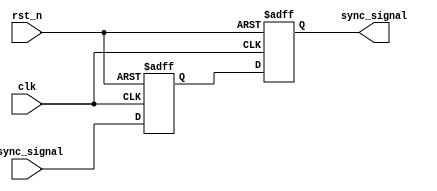
module meta_stability_filter (
    input wire async_signal,  // Asynchronous input signal
    input wire clk,           // Clock signal
    input wire rst_n,         // Asynchronous active-low reset
    output reg sync_signal     // Synchronized output signal
);

    // Internal signals for the flip-flops
    reg ff1_out;

    // First flip-flop (FF1) with reset
    always @(posedge clk or negedge rst_n) begin
        if (!rst_n) begin
            ff1_out <= 1'b0;  // Initialize to known state
        end else begin
            ff1_out <= async_signal; // Sample async_signal
        end
    end

    // Second flip-flop (FF2) with reset
    always @(posedge clk or negedge rst_n) begin
        if (!rst_n) begin
            sync_signal <= 1'b0;  // Initialize to known state
        end else begin
            sync_signal <= ff1_out; // Sample output of FF1
        end
    end

endmodule